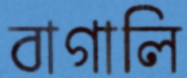
বাগালি